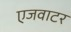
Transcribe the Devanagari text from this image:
एजवाटर